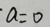
a = 0